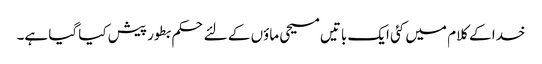
خدا کے کلام میں کئی ایک باتیں مسیحی ماؤں کے لئے حکم بطور پیش کیا گیا ہے۔